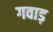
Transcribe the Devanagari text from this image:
गवाड़